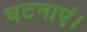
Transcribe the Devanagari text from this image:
घटनाएं।